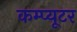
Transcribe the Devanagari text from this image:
कम्प्‍यूटर